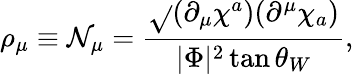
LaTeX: \rho_{\mu}\equiv{\cal\mathcal{N}}_{\mu}=\frac{{\sqrt{}{{(\partial_{\mu}\chi^{a})(\partial^{\mu}\chi_{a})}}}}{{|\Phi|^{2}\tan\theta_{W}}},